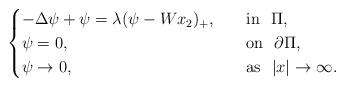
LaTeX: \begin{align*}\begin{cases}-\Delta \psi +\psi =\lambda(\psi -Wx_2)_+, \quad&\mathrm{in}\ \ \Pi ,\\\psi =0,&\mathrm{on}\ \ \partial \Pi ,\\\psi \rightarrow 0,&\mathrm{as}\ \ |x|\rightarrow \infty .\\\end{cases}\end{align*}